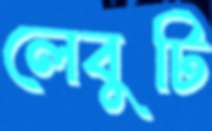
লেবুটি